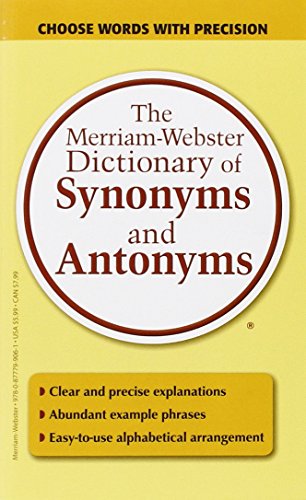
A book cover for The Merriam-Webster Dictionary of Synonyms and Antonyms; Merriam-Webster; Reference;